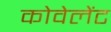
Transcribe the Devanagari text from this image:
कोवेलेंट